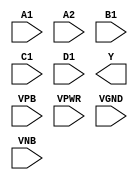
module sky130_fd_sc_hd__a2111oi (
    //# {{data|Data Signals}}
    input  A1  ,
    input  A2  ,
    input  B1  ,
    input  C1  ,
    input  D1  ,
    output Y   ,

    //# {{power|Power}}
    input  VPB ,
    input  VPWR,
    input  VGND,
    input  VNB
);
endmodule